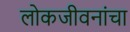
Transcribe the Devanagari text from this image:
लोकजीवनांचा